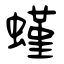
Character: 螼